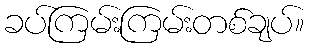
ခပ်ကြမ်းကြမ်းတစ်ချပ်။